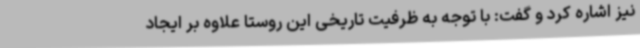
نیز اشاره کرد و گفت: با توجه به ظرفیت تاریخی این روستا علاوه بر ایجاد